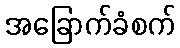
အခြောက်ခံစက်